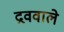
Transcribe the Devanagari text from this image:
द्रववाले